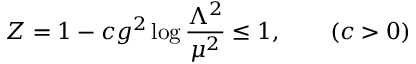
Z = 1 - c g ^ { 2 } \log { \frac { \Lambda ^ { 2 } } { \mu ^ { 2 } } } \leq 1 , \qquad ( c > 0 )